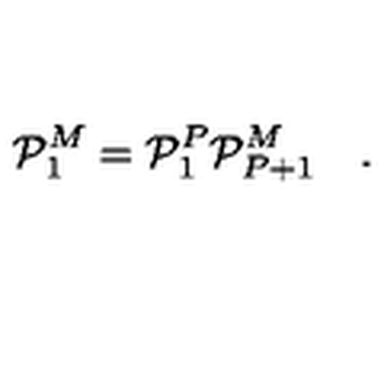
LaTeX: { \cal P } _ { 1 } ^ { M } = { \cal P } _ { 1 } ^ { P } { \cal P } _ { P + 1 } ^ { M } \quad .